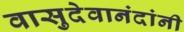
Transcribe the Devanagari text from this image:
वासुदेवानंदांनी